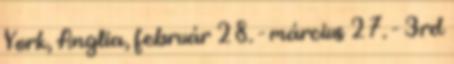
York, Anglia, február 28. - március 27. - 3rd